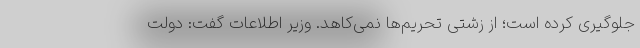
جلوگیری کرده است؛ از زشتی تحریم‌ها نمی‌کاهد. وزیر اطلاعات گفت: دولت